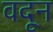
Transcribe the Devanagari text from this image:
वदून